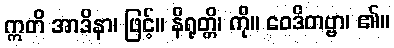
ဣတိ အာဒိနာ၊ ဖြင့်။ နိရုတ္တိ၊ ကို။ ဝေဒိတဗ္ဗာ၊ ၏။